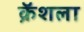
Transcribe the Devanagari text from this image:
क्रॅशला